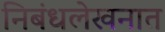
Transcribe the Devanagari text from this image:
निबंधलेखनात